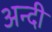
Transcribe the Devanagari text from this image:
अन्दी